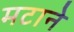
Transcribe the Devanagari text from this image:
मटाने